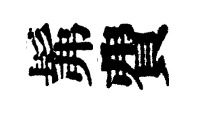
髴費